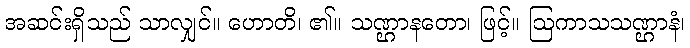
အဆင်းရှိသည် သာလျှင်။ ဟောတိ၊ ၏။ သဏ္ဌာနတော၊ ဖြင့်။ ဩကာသသဏ္ဌာနံ၊